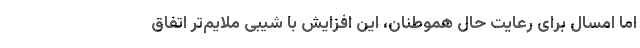
اما امسال برای رعایت حال هموطنان، این افزایش با شیبی ملایم‌تر اتفاق